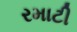
રમાટી